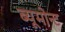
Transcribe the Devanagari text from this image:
ब्यूमोन्ट